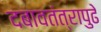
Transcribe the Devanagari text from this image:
दबावतंत्रापुढे